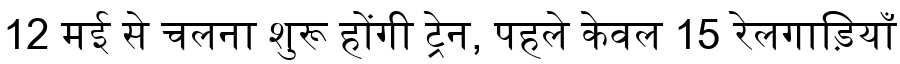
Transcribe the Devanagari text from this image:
12 मई से चलना शुरू होंगी ट्रेन, पहले केवल 15 रेलगाड़ियाँ